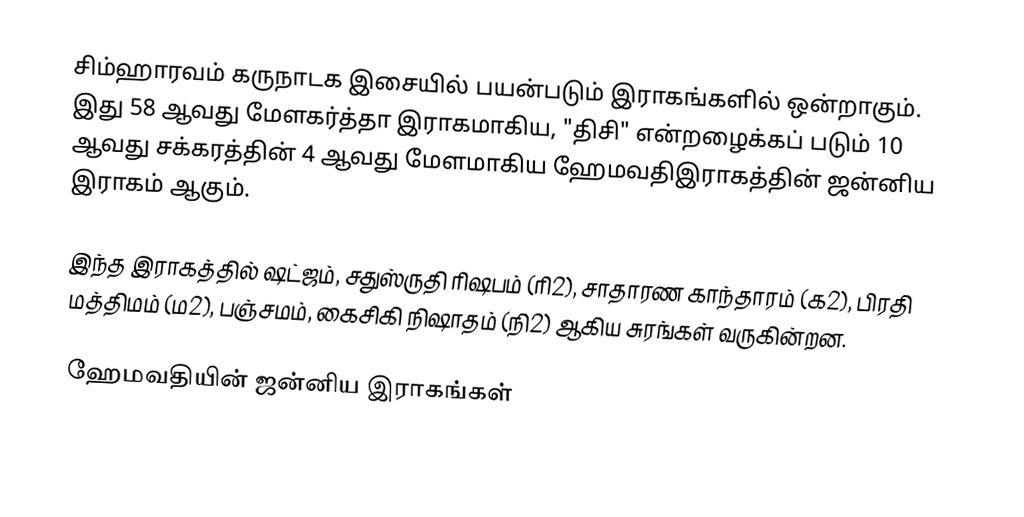
சிம்ஹாரவம் கருநாடக இசையில் பயன்படும் இராகங்களில் ஒன்றாகும். இது 58 ஆவது மேளகர்த்தா இராகமாகிய, "திசி" என்றழைக்கப் படும் 10 ஆவது சக்கரத்தின் 4 ஆவது மேளமாகிய ஹேமவதிஇராகத்தின் ஜன்னிய இராகம் ஆகும்.

இந்த இராகத்தில் ஷட்ஜம், சதுஸ்ருதி ரிஷபம் (ரி2),  சாதாரண காந்தாரம் (க2), பிரதி மத்திமம் (ம2), பஞ்சமம், கைசிகி நிஷாதம்  (நி2) ஆகிய சுரங்கள் வருகின்றன.

ஹேமவதியின் ஜன்னிய இராகங்கள்